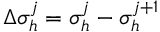
\Delta \sigma _ { h } ^ { j } = \sigma _ { h } ^ { j } - \sigma _ { h } ^ { j + 1 }